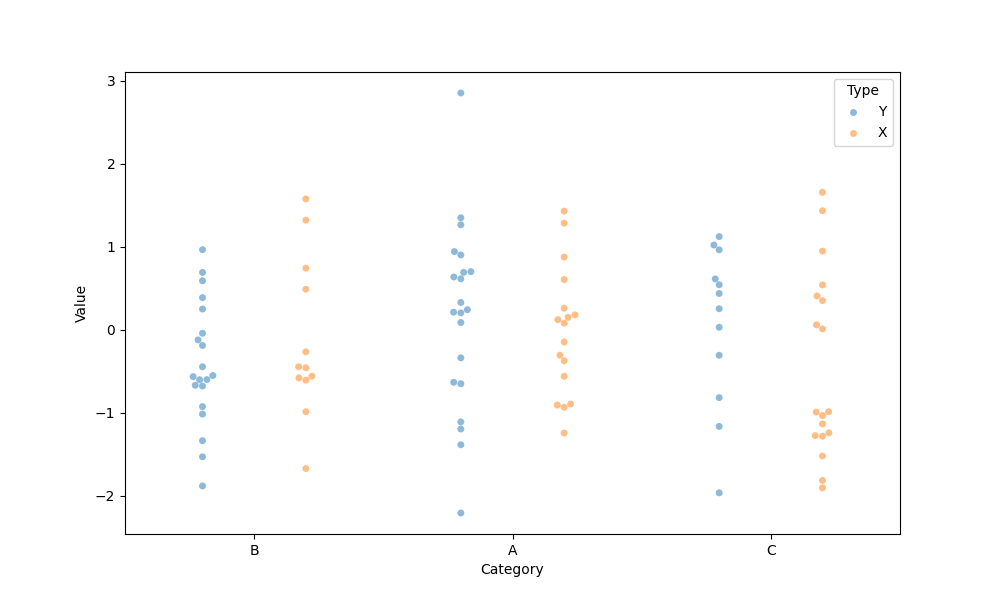
python, seaborn, swarmplot, dodge=True, alpha=0.5, size=5